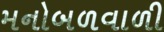
મનોબળવાળી